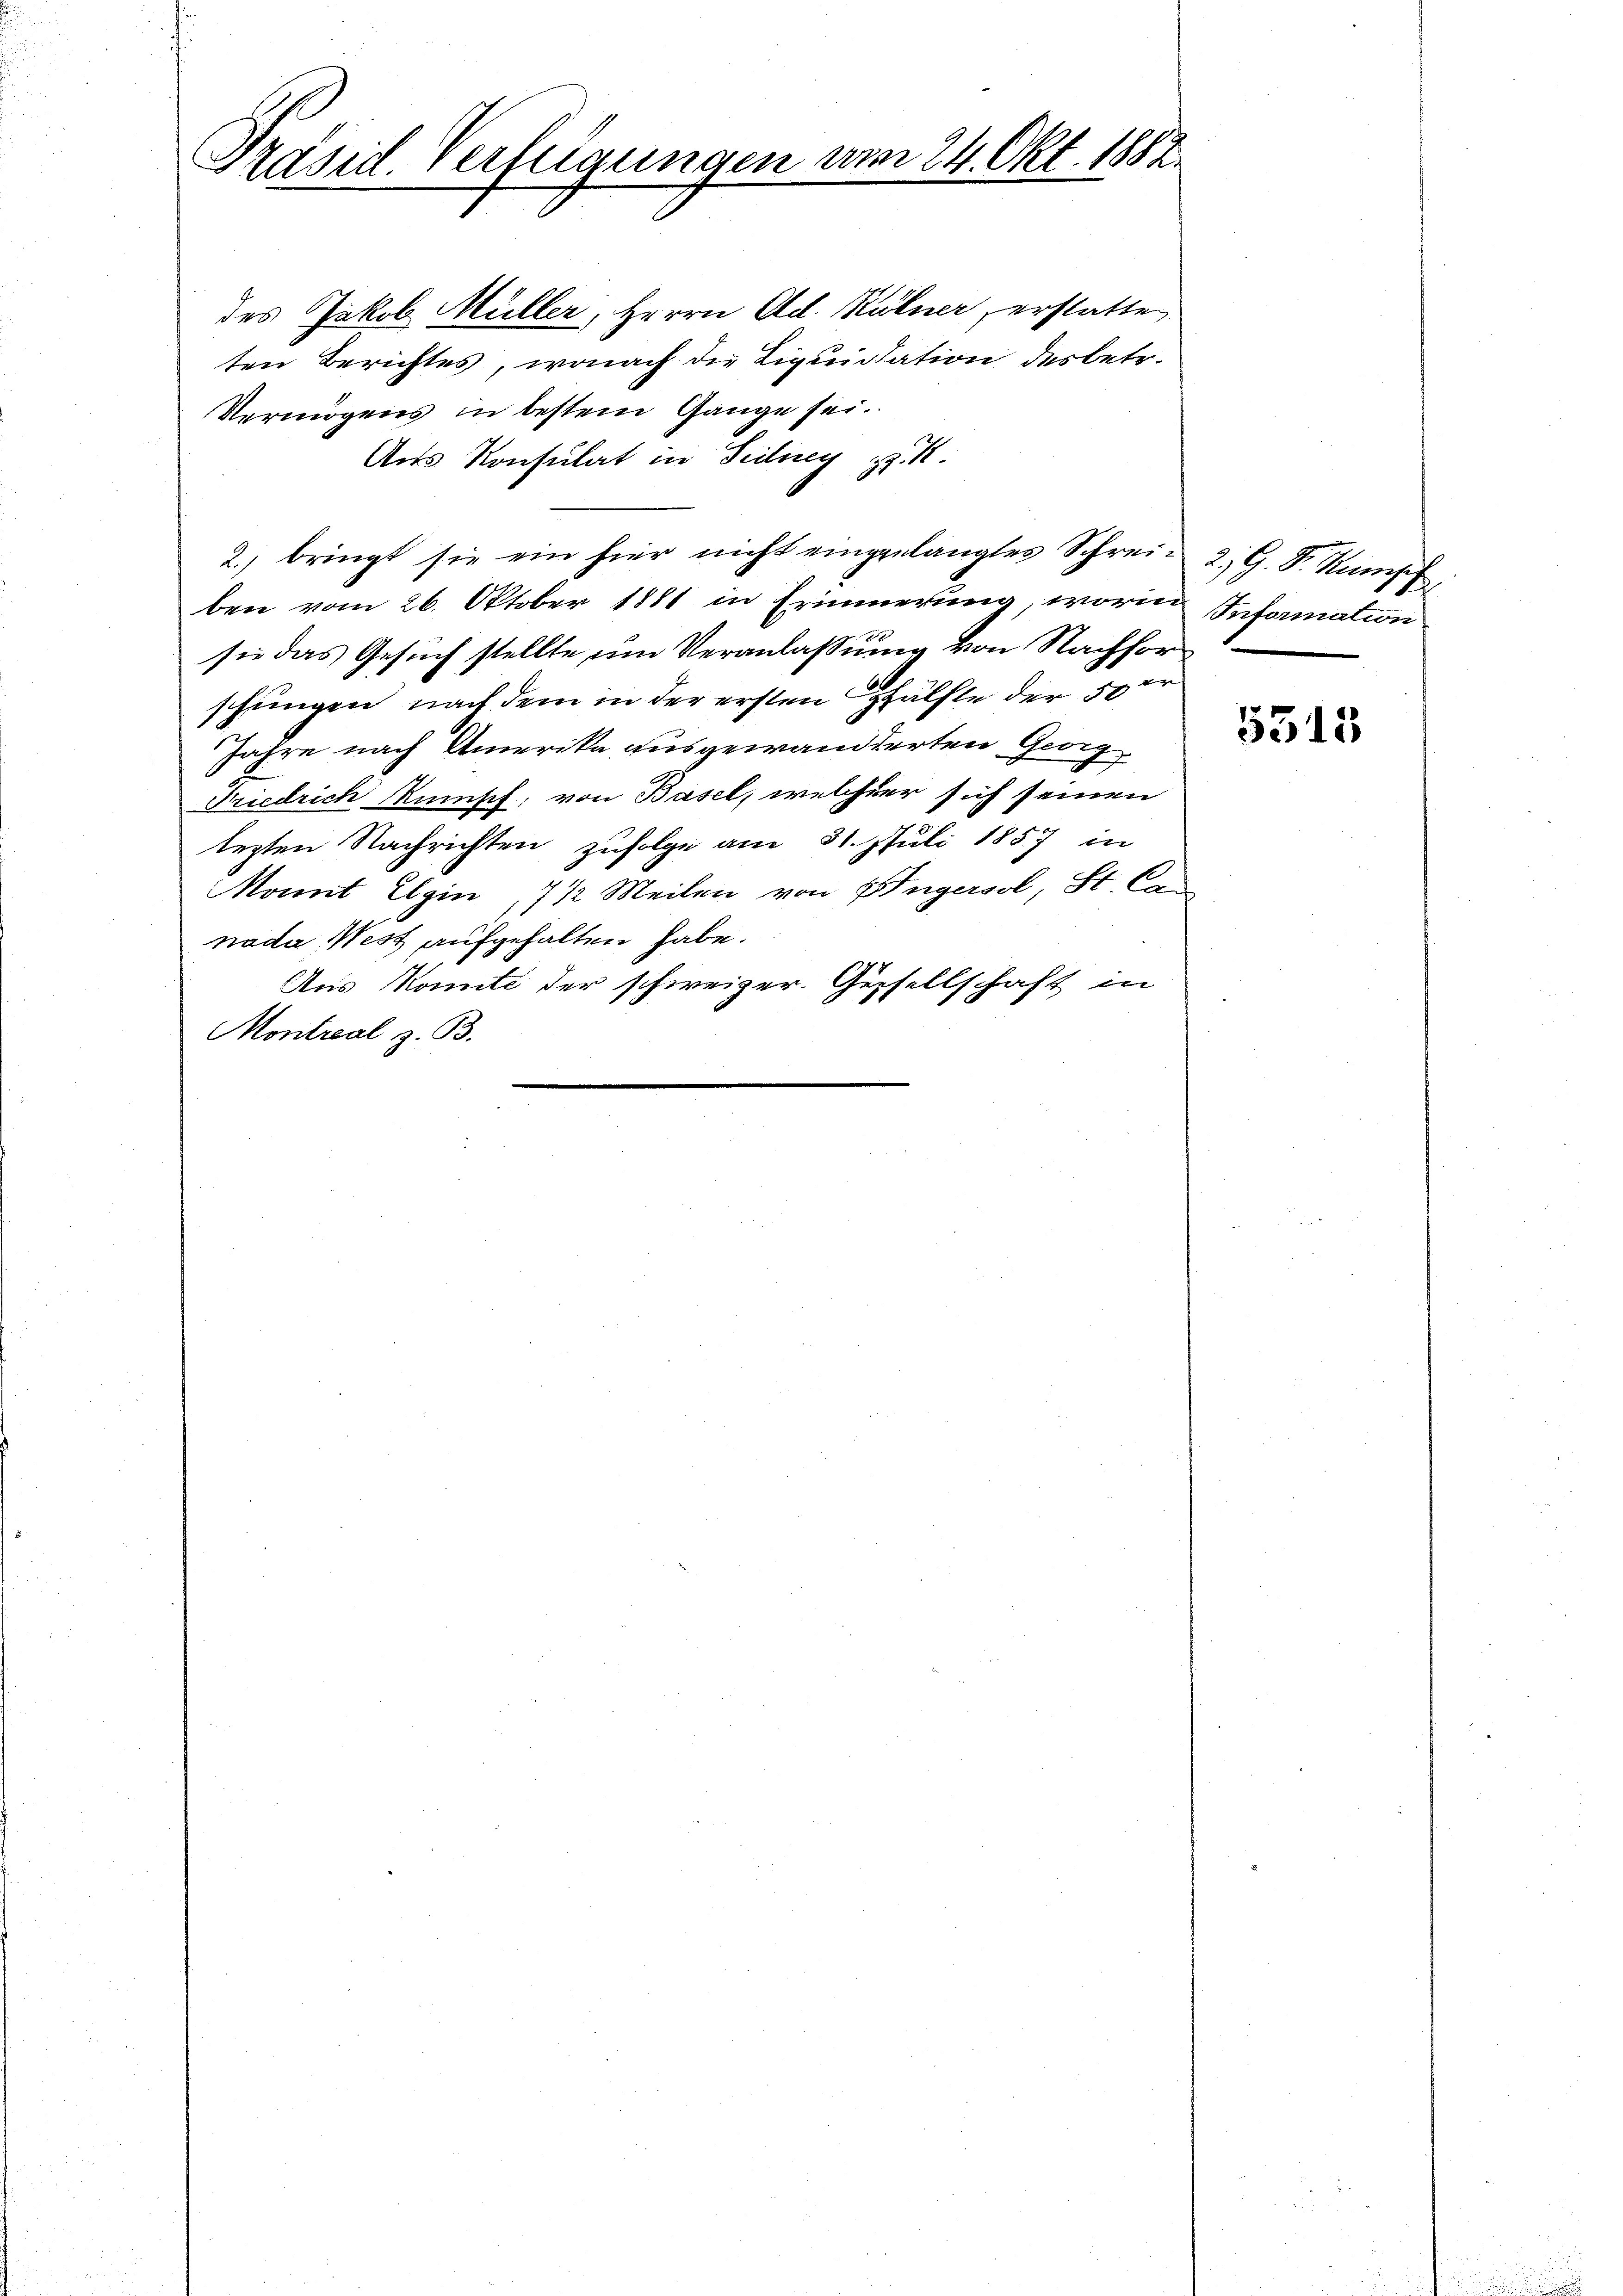
Präsid. Verfügungen am 24. Okt. 1882.

des Jakob Müller, Herrn Ad. Kuhner, erstatte
ten Berichtes, wonach die Liquidation des betr.
Vermögens in bestem Gange sei.
Aus Konsulat in Teilney . .
2.) bringt sie ein hier nicht eingelangtes Schrei- 2; G. Sr. Kampf
ben vom 26. Oktober 1881 in Erinnerung, worin Information
sie das Gesuch stellte um Veranlassung von Nachforschungen, nach dem in der ersten hälfte der 50 r
Jahre nach Amerika ausgewanderten Georg
Friedrich unsch, von Basel, welcher sich seinen
lezten Nachrichten zufolge am 31. Juli 1857 in
Monnt Elgin, 7 ½ Meilen von Ungersol, St. C
nada West aufgehalten habe.
Aus Komite der schweizer. Gesellschaft in
Montreal z. B.

5315